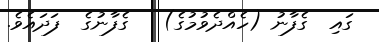
ގައި  ގެފާނު (ހެއްދެވުމުގެ)   ގެފާނުގެ  ފަދައެވެ.